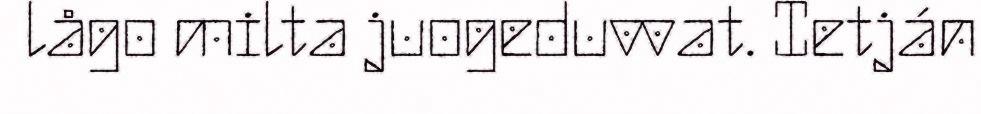
lågo milta juogeduvvat. Ietján